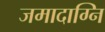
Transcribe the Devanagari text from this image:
जमादाग्नि